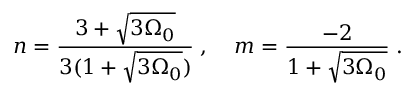
n = \frac { 3 + \sqrt { 3 \Omega _ { 0 } } } { 3 ( 1 + \sqrt { 3 \Omega _ { 0 } } ) } \; , \; \; \; \; m = \frac { - 2 } { 1 + \sqrt { 3 \Omega _ { 0 } } } \; .